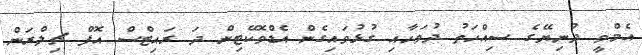
އެމްވީ ދުނިޔޭގެ ސިއްހަތު ދުވަހާއި ގުޅުވައިގެން އެޑްވޮކޭޓިން ދަ ރައިޓްސް އޮފް ޗިލްރަން